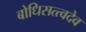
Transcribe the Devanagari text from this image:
बोधिसत्त्वदेव